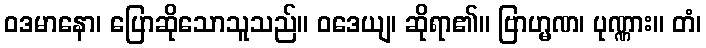
ဝဒမာနော၊ ပြောဆိုသောသူသည်။ ဝဒေယျ၊ ဆိုရာ၏။ ဗြာဟ္မဏ၊ ပုဏ္ဏား။ တံ၊